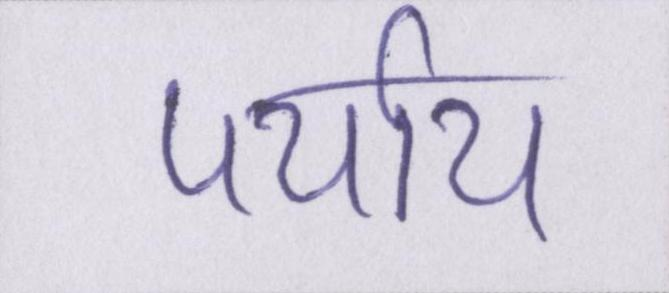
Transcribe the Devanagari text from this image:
पर्याय